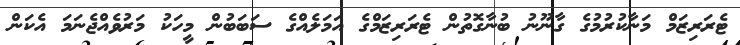
ޓެރަރިޒަމް މަނާކުރުމުގެ ގާނޫނު ބުނާގޮތުން ޓެރަރިޒަމްގެ އަމަލެއްގެ ސަބަބުން މީހަކު މަރުވެއްޖެނަމަ އެކަން